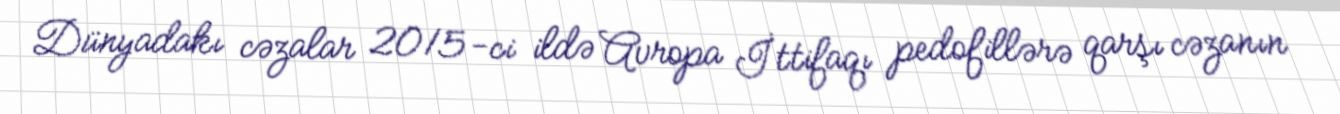
Dünyadakı cəzalar 2015-ci ildə Avropa İttifaqı pedofillərə qarşı cəzanın